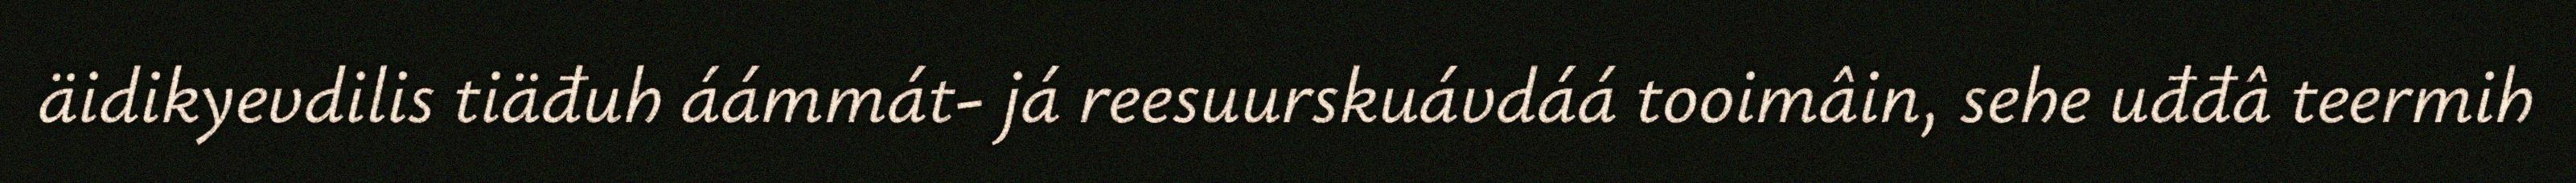
äidikyevdilis tiäđuh áámmát- já reesuurskuávdáá tooimâin, sehe uđđâ teermih